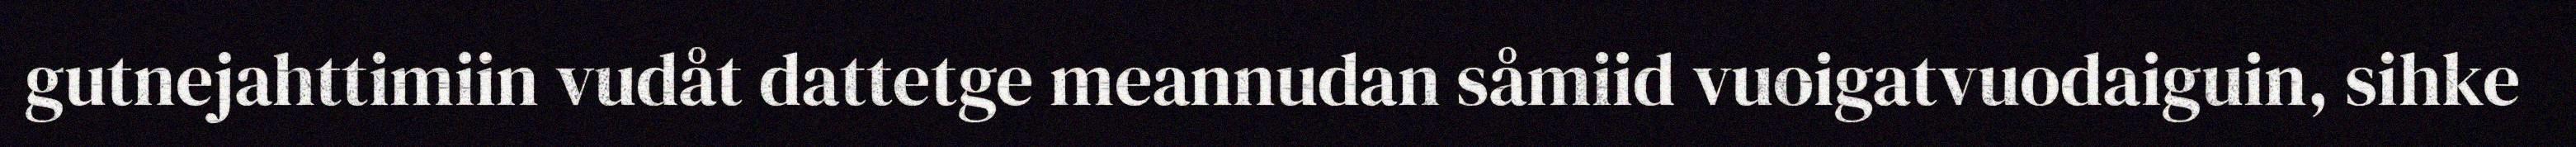
gutnejahttimiin vudåt dattetge meannudan såmiid vuoigatvuodaiguin, sihke